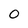
Character: 0